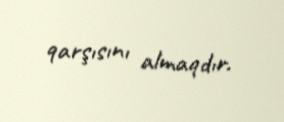
qarşısını almaqdır.